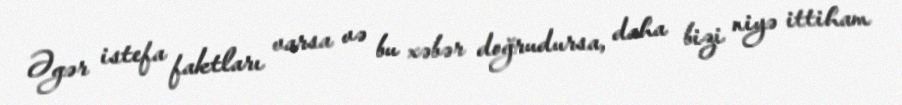
Əgər istefa faktları varsa və bu xəbər doğrudursa, daha bizi niyə ittiham